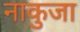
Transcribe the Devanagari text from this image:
नाकुजा